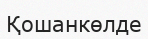
Қошанкөлде